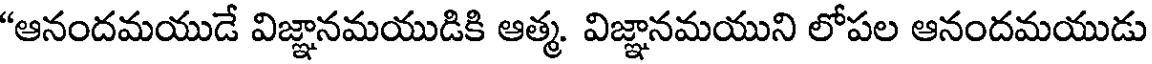
"ఆనందమయుడే విజ్ఞానమయుడికి ఆత్మ. విజ్ఞానమయుని లోపల ఆనందమయుడు